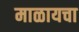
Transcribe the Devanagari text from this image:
माळायचा